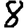
Digit: 8